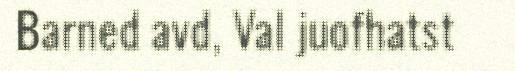
Barned avd, Val juofhatst